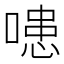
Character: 𭊍